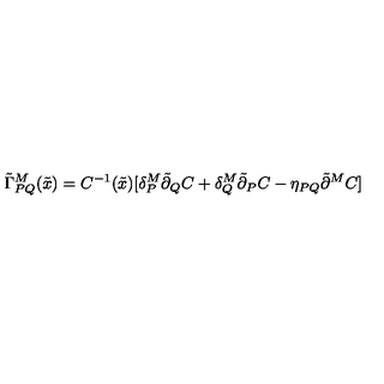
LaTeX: \tilde { \Gamma } _ { P Q } ^ { M } ( \tilde { x } ) = C ^ { - 1 } ( \tilde { x } ) [ \delta _ { P } ^ { M } \tilde { \partial } _ { Q } C + \delta _ { Q } ^ { M } \tilde { \partial } _ { P } C - \eta _ { P Q } \tilde { \partial } ^ { M } C ]